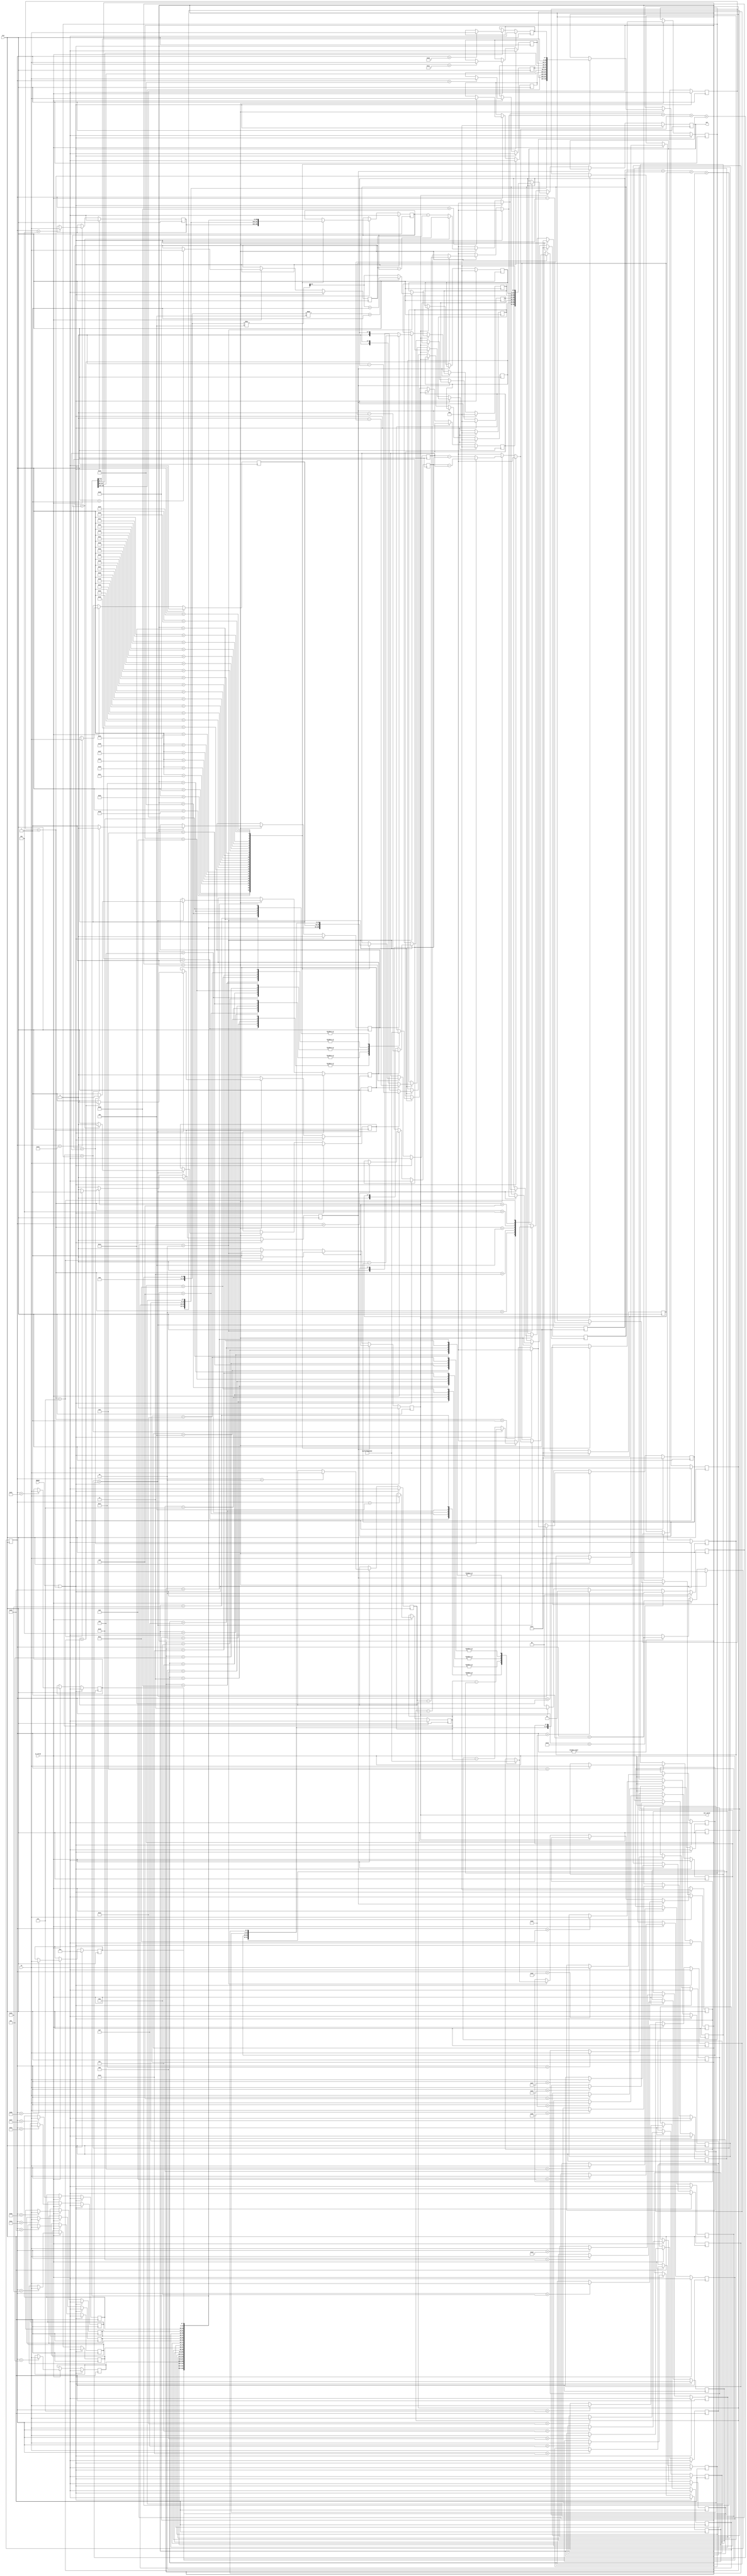
module MC2(CLK, RESET, in, in_valid, out, out_valid);

input [7:0] in;
input in_valid, CLK, RESET;
output signed [8:0] out;
output out_valid;
reg [7:0]m11,m12,m13,m14,m15,m16,m21,m22,m23,m24,m25,m26,m31,m32,m33,m34,m35,m36;
reg [7:0]m41,m42,m43,m44,m45,m46,m51,m52,m53,m54,m55,m56,m61,m62,m63,m64,m65,m66;
reg [7:0]c11,c12,c21,c22;
reg [7:0]max11,max12,max21,max22;
reg [7:0]now11,now12,now21,now22;
reg [7:0]mode,outmode;
reg [7:0]node;
reg [1:0]start;
reg [15:0]tmax,tnow;
reg finish;
reg	[7:0]t11,t12,t21,t22;
reg s1,s2,s3,s4,st1,st2,st3,st4;
reg signed [8:0] out,a1,a2,a3,a4,a5,a6,a7;
reg out_valid;
always @(posedge CLK)
begin
	if(RESET || finish)	mode=0;
	else if(in_valid)mode=mode+1;
	else if(mode)mode=mode+1;
	else mode=0;
end



always @(posedge CLK)
begin
	if(RESET || finish)	start=0;
	else if(mode>67)start=2;
	else if(mode>40)start=1;
	
	else if(out_valid)start=3;
	else start=0;
end

/////INPUT
always @(posedge CLK)
begin
	if(RESET || finish)
	begin
		c11=0;
		c12=0;
		c21=0;
		c22=0;
		m11=0;
		m12=0;
		m13=0;
		m14=0;
		m15=0;
		m16=0;
		m21=0;
		m22=0;
		m23=0;
		m24=0;
		m25=0;
		m26=0;
		m31=0;
		m32=0;
		m33=0;
		m34=0;
		m35=0;
		m36=0;
		m41=0;
		m42=0;
		m43=0;
		m44=0;
		m45=0;
		m46=0;
		m51=0;
		m52=0;
		m53=0;
		m54=0;
		m55=0;
		m56=0;
		m61=0;
		m62=0;
		m63=0;
		m64=0;
		m65=0;
		m66=0;
	end
	else if(in_valid)
	begin
		case(mode)
		1:c11=in;
		2:c12=in;
		3:c21=in;
		4:c22=in;
		5:m11=in;
		6:m12=in;
		7:m13=in;
		8:m14=in;
		9:m15=in;
		10:m16=in;
		11:m21=in;
		12:m22=in;
		13:m23=in;
		14:m24=in;
		15:m25=in;
		16:m26=in;
		17:m31=in;
		18:m32=in;
		19:m33=in;
		20:m34=in;
		21:m35=in;
		22:m36=in;
		23:m41=in;
		24:m42=in;
		25:m43=in;
		26:m44=in;
		27:m45=in;
		28:m46=in;
		29:m51=in;
		30:m52=in;
		31:m53=in;
		32:m54=in;
		33:m55=in;
		34:m56=in;
		35:m61=in;
		36:m62=in;
		37:m63=in;
		38:m64=in;
		39:m65=in;
		40:m66=in;
		default:c11=c11;
		endcase
	end
	else c11=c11;
	
	
end
/////L
always @(posedge CLK)
begin
	if(RESET || finish)	
	begin
		t11=0;
		t21=0;
		t12=0;
		t22=0;
	end
	else if(start==1)
	begin
		case(mode)
		41:
		begin
			t11=m11;
			t12=m12;
			t21=m21;
			t22=m22;
		end
		42:
		begin
			t11=m12;
			t12=m13;
			t21=m22;
			t22=m23;
		end
		43:
		begin
			t11=m13;
			t12=m14;
			t21=m23;
			t22=m24;
		end
		44:
		begin
			t11=m14;
			t12=m15;
			t21=m24;
			t22=m25;
		end
		45:
		begin
			t11=m15;
			t12=m16;
			t21=m25;
			t22=m26;
		end
		46:
		begin
			t11=m21;
			t12=m22;
			t21=m31;
			t22=m32;
		end
		47:
		begin
			t11=m22;
			t12=m23;
			t21=m32;
			t22=m33;
		end
		48:
		begin
			t11=m23;
			t12=m24;
			t21=m33;
			t22=m34;
		end
		49:
		begin
			t11=m24;
			t12=m25;
			t21=m34;
			t22=m35;
		end
		50:
		begin
			t11=m25;
			t12=m26;
			t21=m35;
			t22=m36;
		end
		51:
		begin
			t11=m31;
			t12=m32;
			t21=m41;
			t22=m42;
		end
		52:
		begin
			t11=m32;
			t12=m33;
			t21=m42;
			t22=m43;
		end
		53:
		begin
			t11=m33;
			t12=m34;
			t21=m43;
			t22=m44;
		end
		54:
		begin
			t11=m34;
			t12=m35;
			t21=m44;
			t22=m45;
		end
		55:
		begin
			t11=m35;
			t12=m36;
			t21=m45;
			t22=m46;
		end
		56:
		begin
			t11=m41;
			t12=m42;
			t21=m51;
			t22=m52;
		end
		57:
		begin
			t11=m42;
			t12=m43;
			t21=m52;
			t22=m53;
		end
		58:
		begin
			t11=m43;
			t12=m44;
			t21=m53;
			t22=m54;
		end
		59:
		begin
			t11=m44;
			t12=m45;
			t21=m54;
			t22=m55;
		end
		60:
		begin
			t11=m45;
			t12=m46;
			t21=m55;
			t22=m56;
		end
		61:
		begin
			t11=m51;
			t12=m52;
			t21=m61;
			t22=m62;
		end
		62:
		begin
			t11=m52;
			t12=m53;
			t21=m62;
			t22=m63;
		end
		63:
		begin
			t11=m53;
			t12=m54;
			t21=m63;
			t22=m64;
		end
		64:
		begin
			t11=m54;
			t12=m55;
			t21=m64;
			t22=m65;
		end
		65:
		begin
			t11=m55;
			t12=m56;
			t21=m65;
			t22=m66;
		end
		default: t11=t11;
		endcase
	end
	else t11=t11;
end

always @(posedge CLK)
begin
	if(RESET || finish)	
	begin
		tmax=0;
		tnow=0;
		node<=0;
		now11=0;
		now12=0;
		now21=0;
		now22=0;
		max11=255;
		max12=255;
		max21=255;
		max22=255;
		s1=0;
		s2=0;
		s3=0;
		s4=0;
		st1=0;
		st2=0;
		st3=0;
		st4=0;
	end
	else if(start==1)
	begin
		if(c11>t11)
		begin
			now11=c11-t11;
			st1=0;
		end
		else 
		begin 
			now11=t11-c11;
			st1=1;
		end
		
		if(c12>t12)
		begin
			now12=c12-t12;
			st2=0;
		end
		else 
		begin 
			now12=t12-c12;
			st2=1;
		end
		
		if(c21>t21)
		begin
			now21=c21-t21;
			st3=0;
		end
		else 
		begin 
			now21=t21-c21;
			st3=1;
		end
		
		if(c22>t22)
		begin
			now22=c22-t22;
			st4=0;
		end
		else 
		begin 
			now22=t22-c22;
			st4=1;
		end
		tnow=now11+now12+now21+now22;
		tmax=max11+max12+max21+max22;
		if(tmax>tnow)
		begin
			node<=mode-41;
			max11=now11;
			max12=now12;
			max21=now21;
			max22=now22;
			s1=st1;
			s2=st2;
			s3=st3;
			s4=st4;
			tmax=max11+max12+max21+max22;
		end
		else node<=node;
	end
end


always @(posedge CLK)
begin
	if(RESET || finish)	
	begin
		finish=0;
		out=0;
		out_valid<=0;
		a1=0;
		a2=0;
		a3=0;
		a4=0;
		a5=0;
		a6=0;
		a7=0;
		outmode=0;
	end
	else if(finish==1)finish=0;
	else if(out_valid)
	begin
		outmode=outmode+1;
		case(outmode)
		1:out=a2;
		2:out=a3;
		3:out=a4;
		4:out=a5;
		5:out=a6;
		6:out=a7;
		7:
		begin
			out=0;
			out_valid<=0;
			finish=1;
		end
		default:a1=a1;
		endcase
	end
	else if(start==2)
	begin
		case(node)
		1:a1=-2;
		2:a1=-1;
		3:a1=0;
		4:a1=1;
		5:a1=2;
		6:a1=-2;
		7:a1=-1;
		8:a1=0;
		9:a1=1;
		10:a1=2;
		11:a1=-2;
		12:a1=-1;
		13:a1=0;
		14:a1=1;
		15:a1=2;
		16:a1=-2;
		17:a1=-1;
		18:a1=0;
		19:a1=1;
		20:a1=2;
		21:a1=-2;
		22:a1=-1;
		23:a1=0;
		24:a1=1;
		25:a1=2;
		default: a1=a1;
		endcase
		
		case(node)
		1:a2=-2;
		2:a2=-2;
		3:a2=-2;
		4:a2=-2;
		5:a2=-2;
		6:a2=-1;
		7:a2=-1;
		8:a2=-1;
		9:a2=-1;
		10:a2=-1;
		11:a2=0;
		12:a2=0;
		13:a2=0;
		14:a2=0;
		15:a2=0;
		16:a2=1;
		17:a2=1;
		18:a2=1;
		19:a2=1;
		20:a2=1;
		21:a2=2;
		22:a2=2;
		23:a2=2;
		24:a2=2;
		25:a2=2;
		default: a2=a2;
		endcase
		
		if(s1)a3=0-max11;
		else a3=max11;
		if(s2)a4=0-max12;
		else a4=max12;
		if(s3)a5=0-max21;
		else a5=max21;
		if(s4)a6=0-max22;
		else a6=max22;
		if((max11+max12+max21+max22)%4>1)a7=(max11+max12+max21+max22)/4+1;
		else a7=(max11+max12+max21+max22)/4;
		out=a1;
		out_valid<=1;
	end
	else a1=a1;
end
	

endmodule